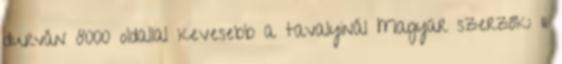
durván 8000 oldallal kevesebb a tavalyinál Magyar szerzők: 11